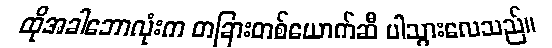
ထိုအခါဘောလုံးက တခြားတစ်ယောက်ဆီ ပါသွားလေသည်။